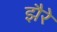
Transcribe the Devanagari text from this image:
झैरे